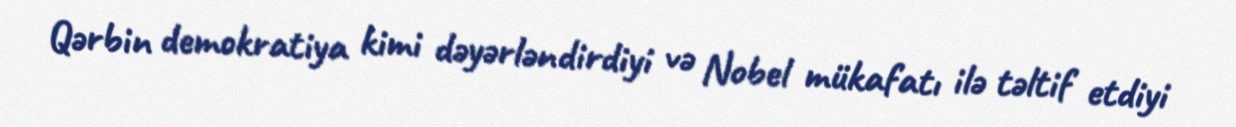
Qərbin demokratiya kimi dəyərləndirdiyi və Nobel mükafatı ilə təltif etdiyi